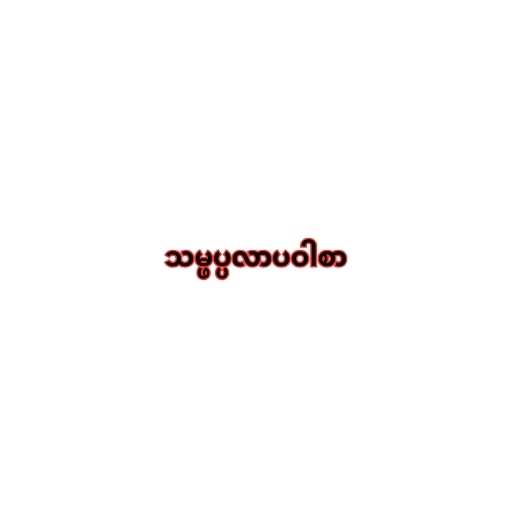
သမ္ဖပ္ပလာပဝါစာ